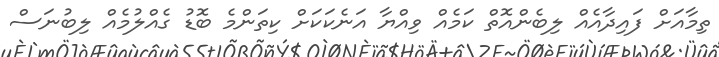
ތިމާއަށް ފައިދާއެއް ލިބެންއޮތް ކަމެއް ވިއްޔާ އަނެކަކަށް ކިތަންމެ ބޮޑު ގެއްލުމެއް ލިބުނަސް